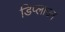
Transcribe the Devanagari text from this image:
डिप्लाउन